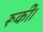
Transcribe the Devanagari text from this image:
रूकीं।